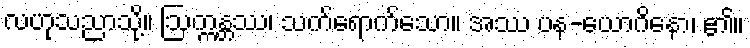
လဟုသညာသို့။ ဩက္ကန္တဿ၊ သက်ရောက်သော။ အဿ ပန-ယောဂိနော၊ ၏။